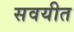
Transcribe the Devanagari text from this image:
सवयीत